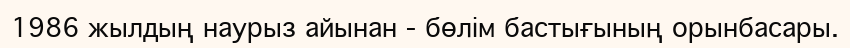
1986 жылдың наурыз айынан - бөлім бастығының орынбасары.